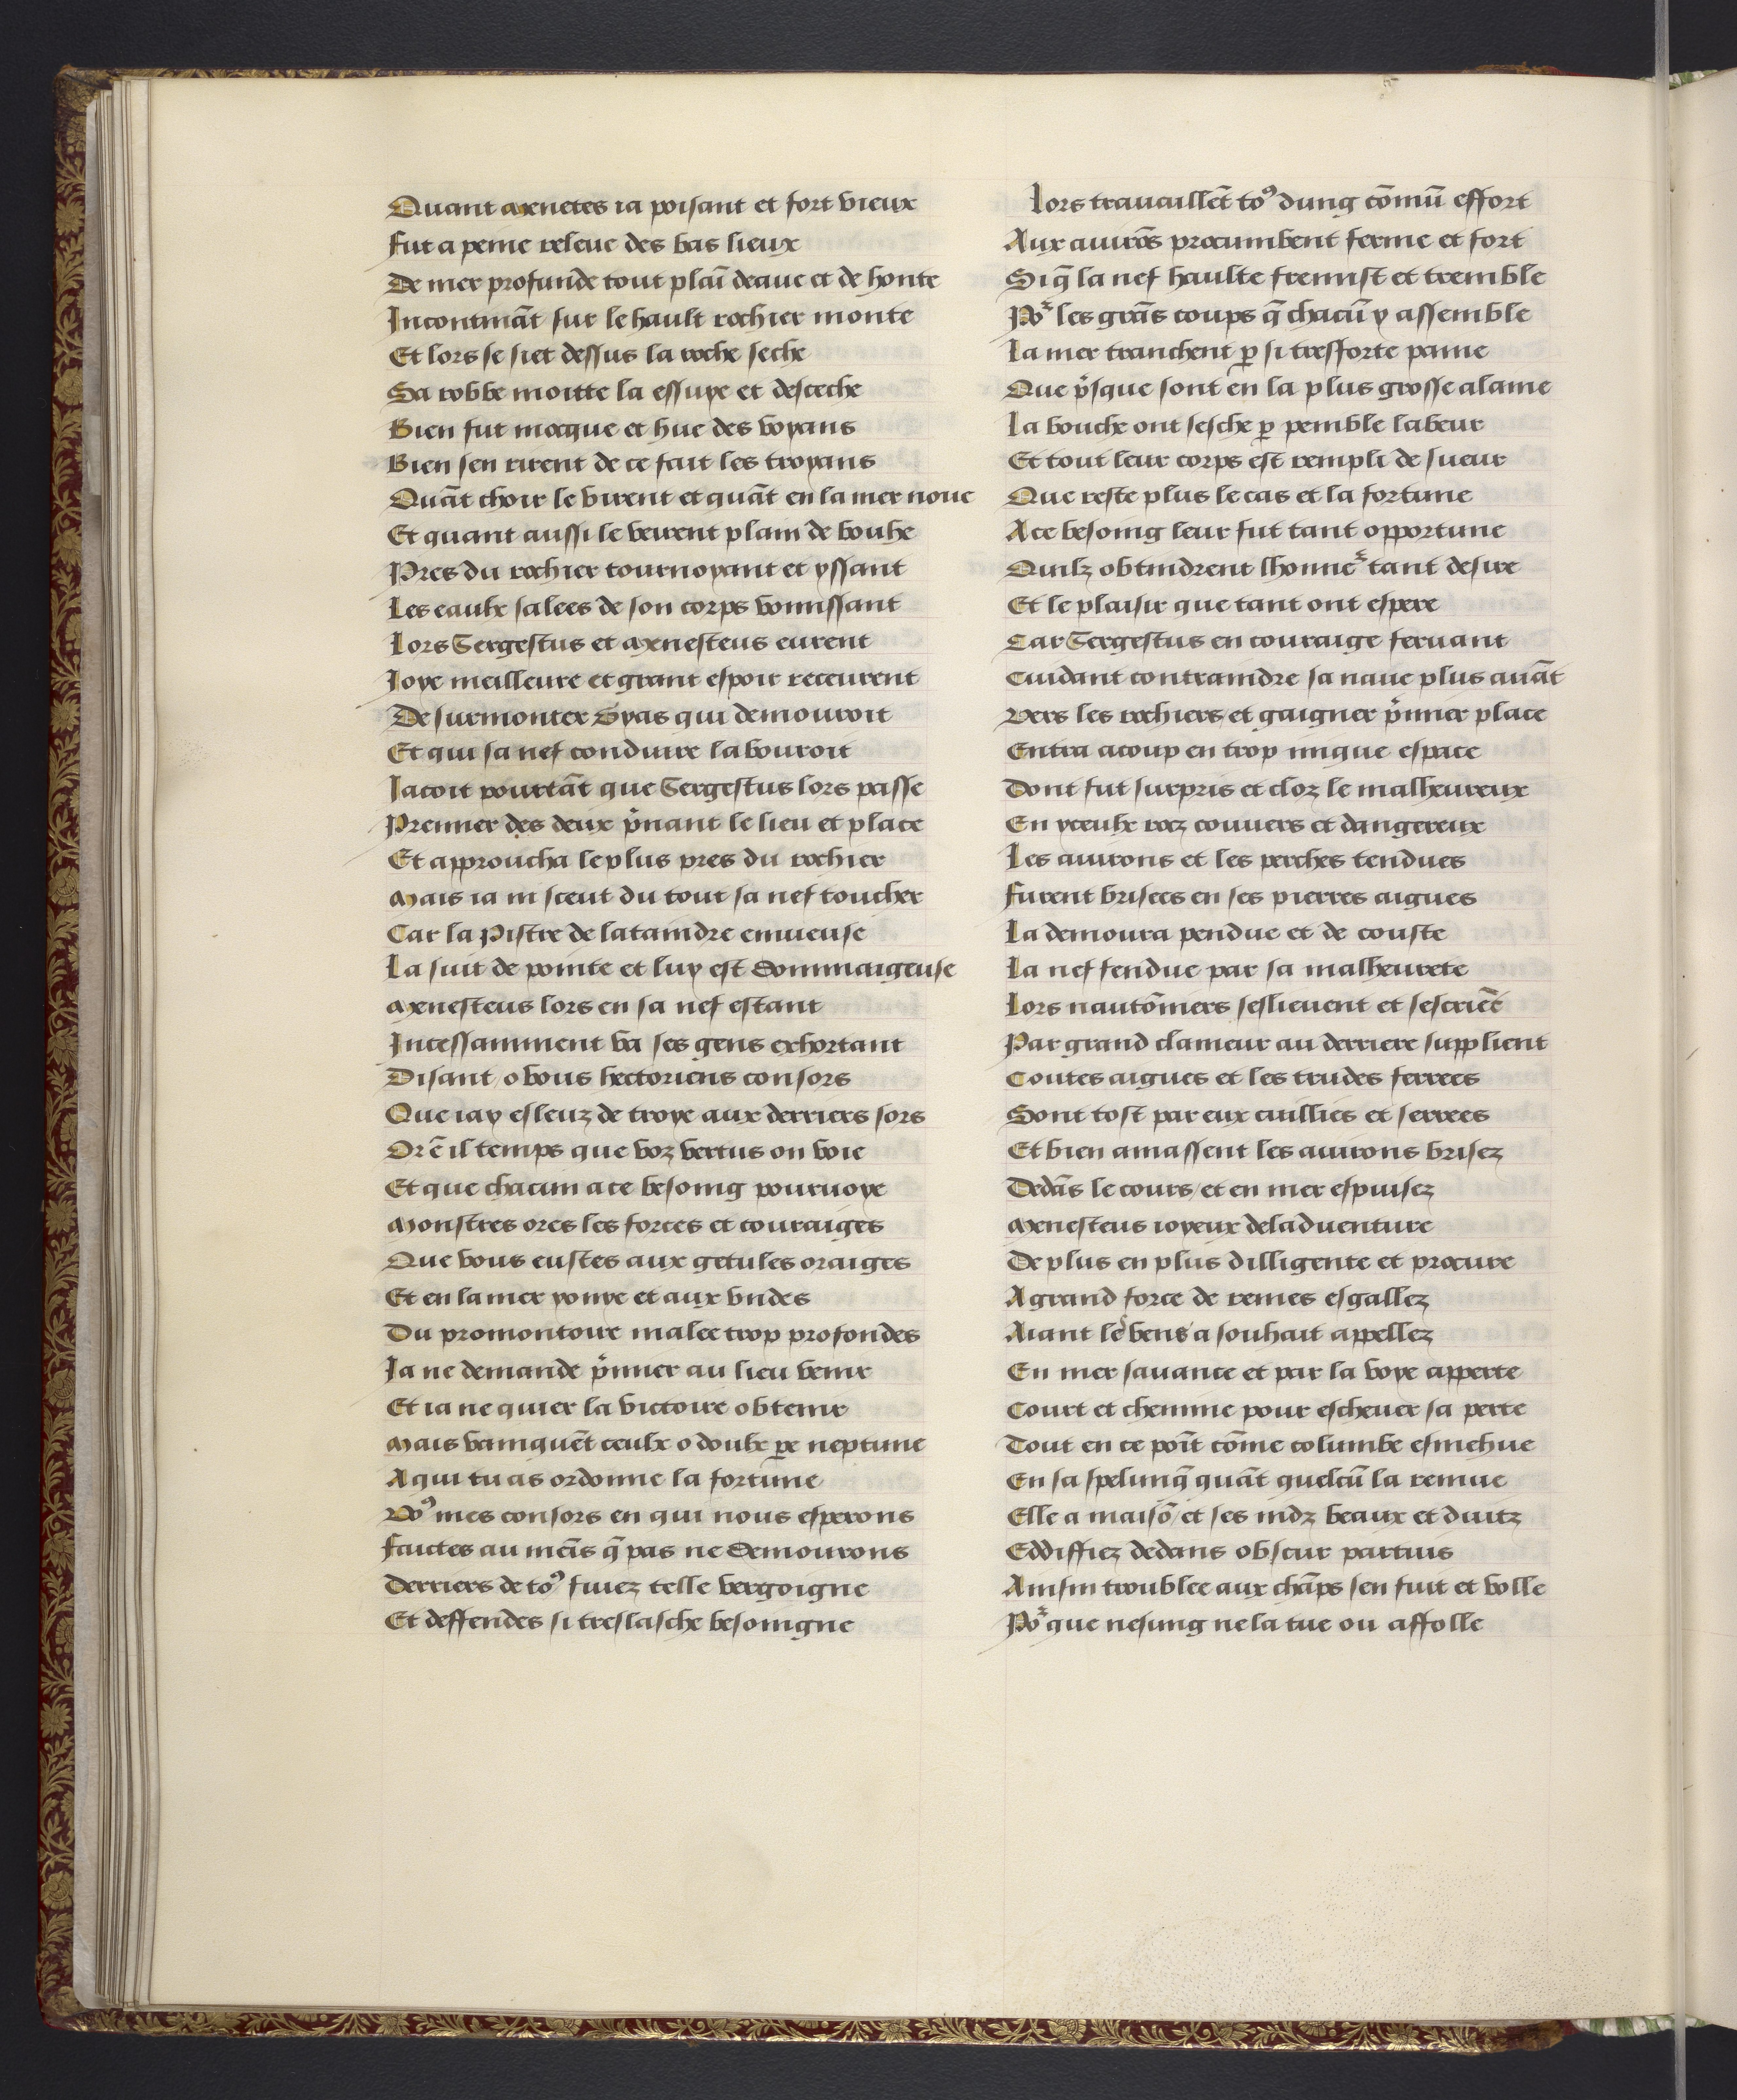
Shelfmark: Philadelphia, University of Pennsylvania, codex 909
Century: 15